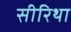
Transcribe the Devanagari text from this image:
सीरिथा